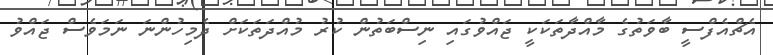
އެޗްއެފްސީ ބާވަތުގެ މާއްދާތަކަކީ ޖައްވުގައި ނިސްބަތުން ކުރު މުއްދަތަކަށް ދެމިހުންނަ ނަމަވެސް ޖައްވު